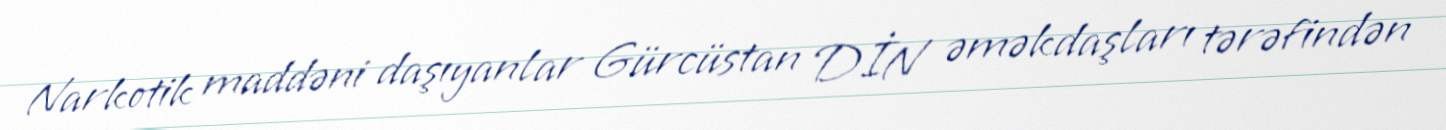
Narkotik maddəni daşıyanlar Gürcüstan DİN əməkdaşları tərəfindən